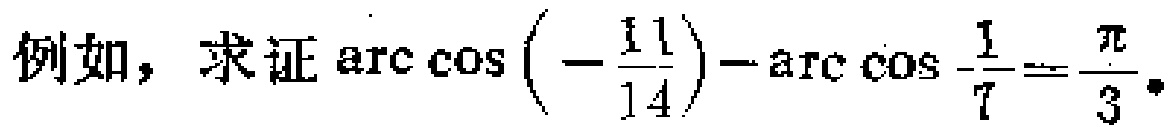
例如，求证\(\arccos\left(-\frac{11}{14}\right)-\arccos\frac{1}{7}=\frac{\pi}{3}\)。